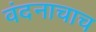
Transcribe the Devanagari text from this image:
वंदनाचाच